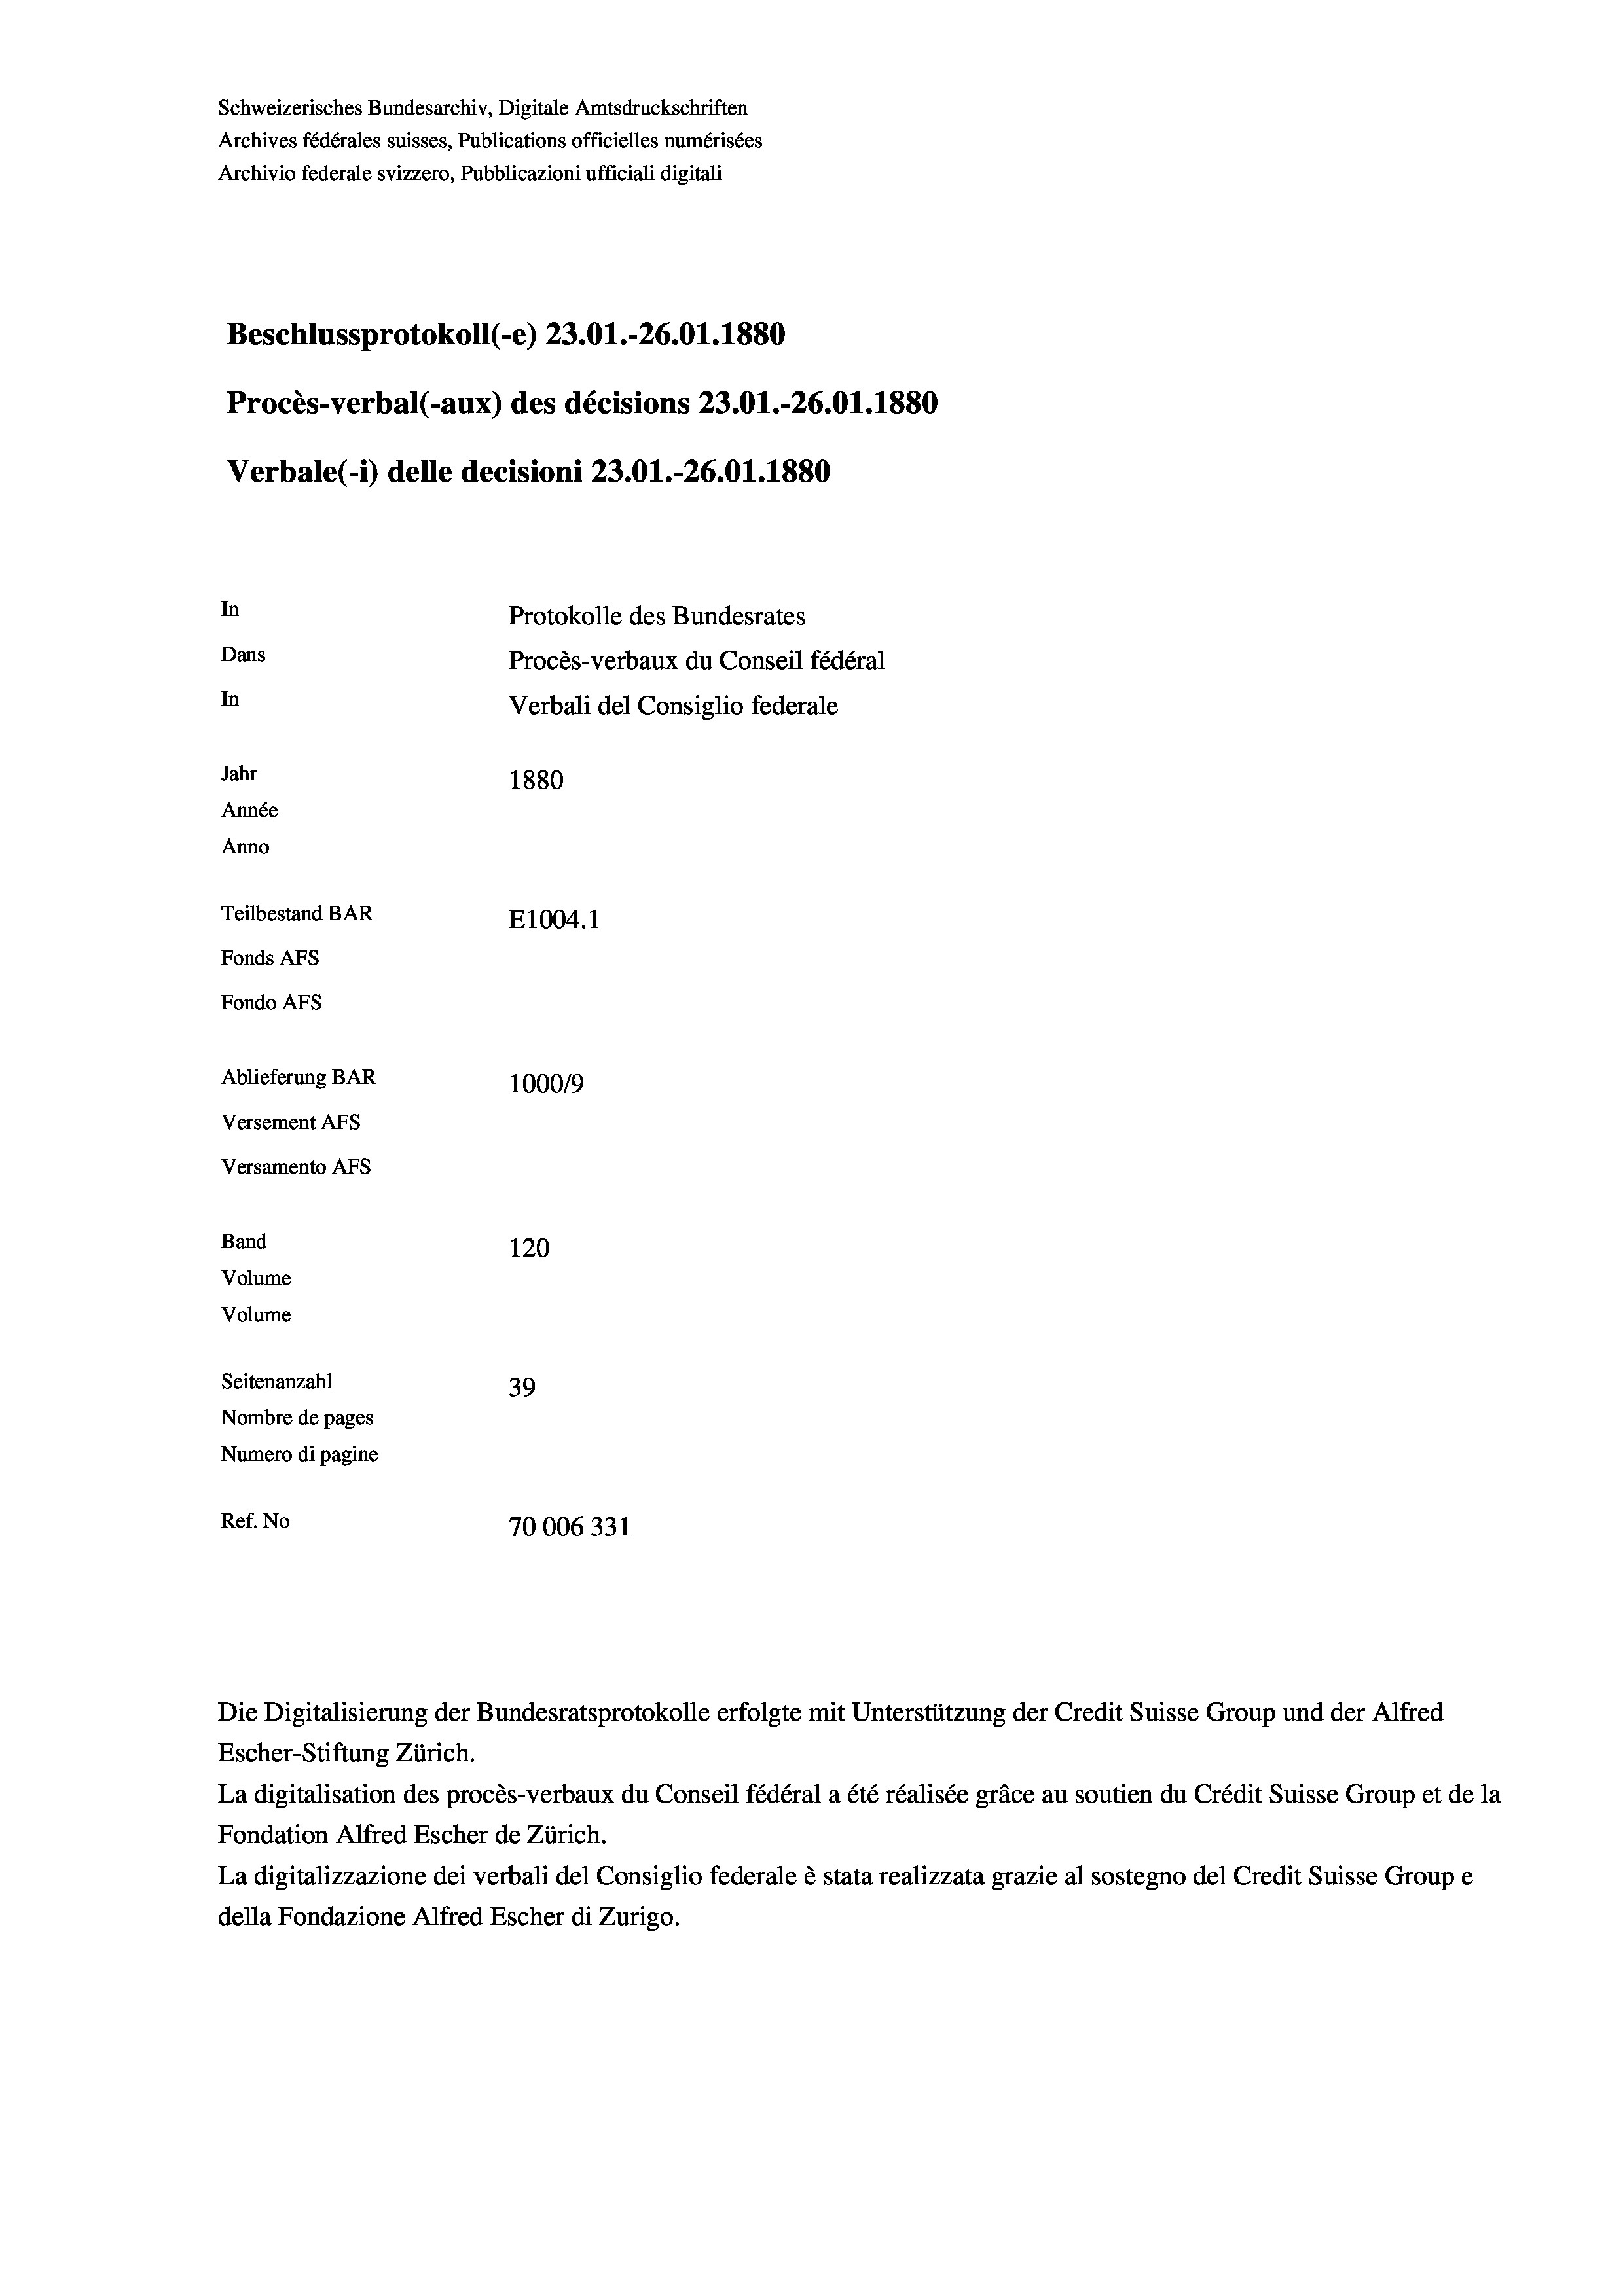
Schweizerisches Bundesarchiv, Digitale Amtsdruckschriften
Archives fédérales suisses, Publications officielles numérisées
Archivio federale svizzero, Pubblicazioni ufficiali digitali
Beschlussprotokoll (-e) 23.01.-26.01. 1880
Procès-verbal (-aux) des décisions 23.01.-26.01.1880
Verbale (1) delle decisioni 23.01.-26.01.1880
In
Protokolle des Bundesrates
Dans
Procès-verbaux du Conseil fédéral
In
Verbali del Consiglio federale
Jahr
1880
Année
Anno
Teilbestand BAR
E1004.1
Fonds AFs
Fondo Afs
Ablieferung BAR
100019
Versement AFs
Versamento Afs
Band
120
Volume
Volume
Seitenanzahl
39
Nombre de pages
Numero di pagine
Ref. No
70006331

Die Digitalisierung der Bundesratsprotokolle erfolgte mit Unterstützung der Credit Suisse Group und der Alfred
Escher-Stiftung Zürich.
La digitalisation des procès-verbaux du Conseil fédéral a été réalisée gräce au soutien du Crédit Suisse Group et de la
Fondation Alfred Escher de Zürich.
La digitalizzazione dei verbali del Consiglio federale è stata realizzata grazie al sostegno del Credit Suisse Groupe
della Fondazione Alfred Escher di Zurigo.